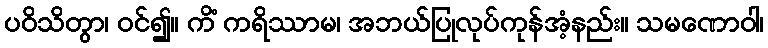
ပဝိသိတွာ၊ ဝင်၍။ ကိံ ကရိဿာမ၊ အဘယ်ပြုလုပ်ကုန်အံ့နည်း။ သမဏောဝါ၊